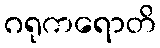
ဂရုကရောတိ